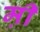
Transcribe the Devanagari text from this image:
म़ी